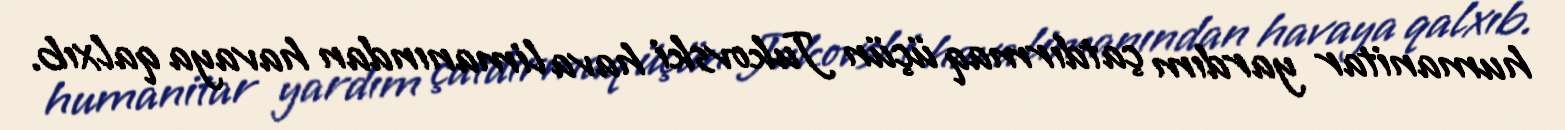
humanitar yardım çatdırmaq üçün Jukovski hava limanından havaya qalxıb.